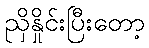
ညှိနှိုင်းပြီးတော့